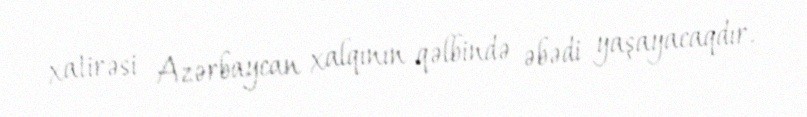
xatirəsi Azərbaycan xalqının qəlbində əbədi yaşayacaqdır.